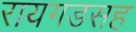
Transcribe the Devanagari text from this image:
रायगडसह